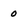
Character: 0